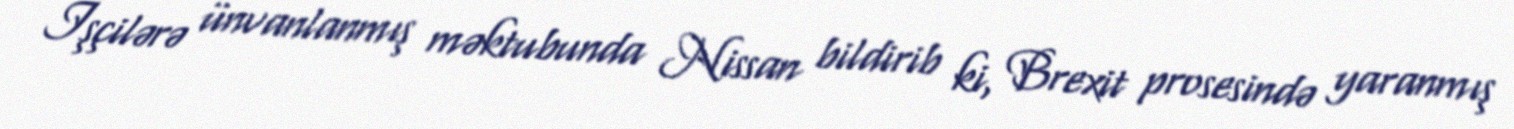
İşçilərə ünvanlanmış məktubunda Nissan bildirib ki, Brexit prosesində yaranmış